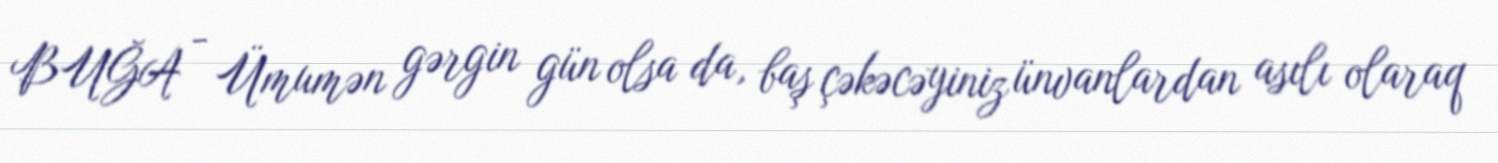
BUĞA - Ümumən gərgin gün olsa da, baş çəkəcəyiniz ünvanlardan asılı olaraq